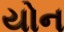
યોન